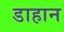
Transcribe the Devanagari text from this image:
डाहान